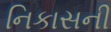
નિકાસની